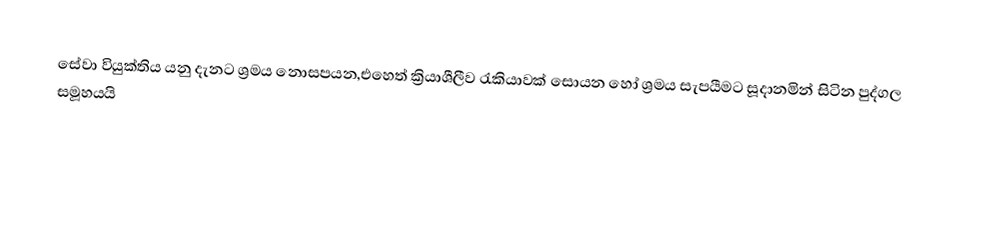
සේවා වියුක්තිය යනු දැනට ශ්‍රමය නොසපයන,එහෙත් ක්‍රියාශීලීව රැකියාවක් සොයන හෝ ශ්‍රමය සැපයීමට සූදානමින් සිටින පුද්ගල සමූහයයි